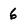
Character: 6